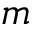
m